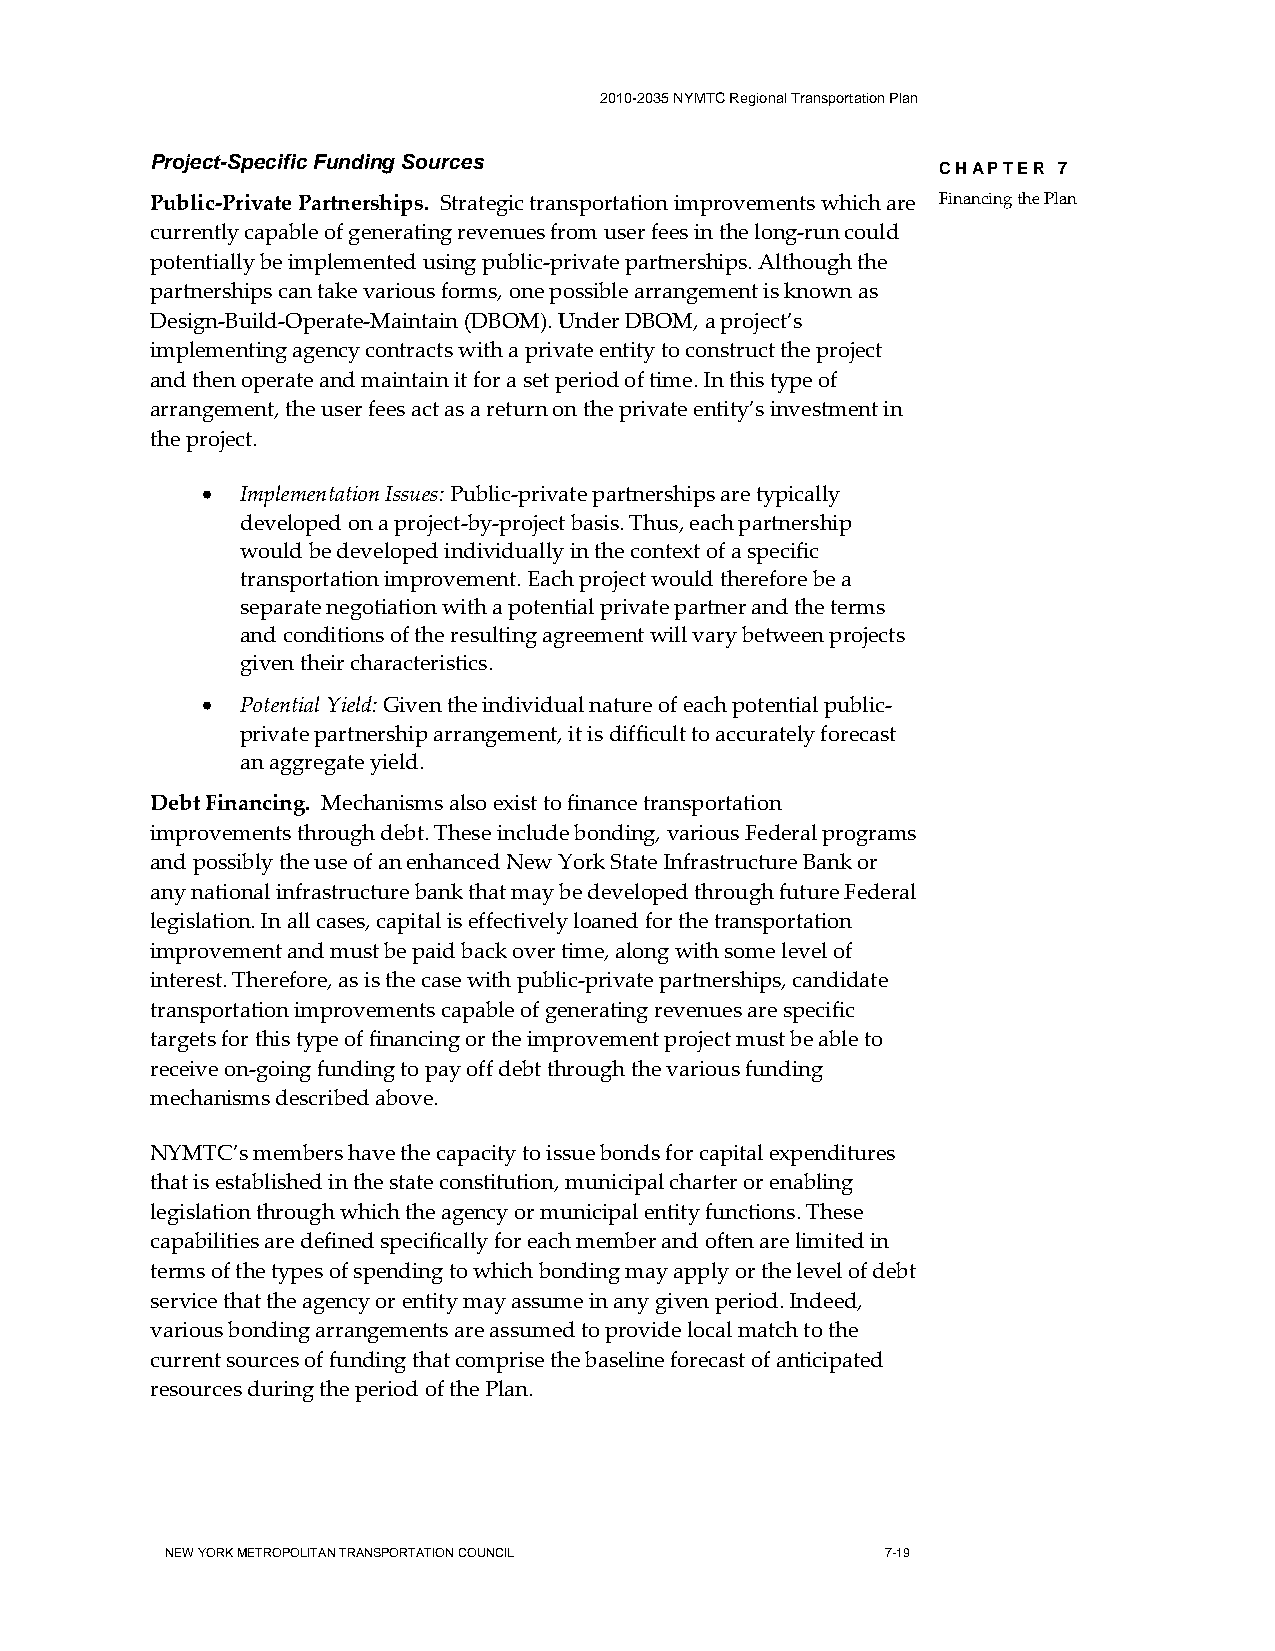
2010-2035 NYMTC Regional Transportation Plan
 Project-Specific Funding Sources
 CHAPTER 7
 Public-Private Partnerships. Strategic transportation improvements which are Financing the Plan
 currently capable of generating revenues from user fees in the long-run could
 potentially be implemented using public-private partnerships. Although the
 partnerships can take various forms, one possible arrangement is known as
 Design-Build-Operate-Maintain (DBOM). Under DBOM, a project’s
 implementing agency contracts with a private entity to construct the project
 and then operate and maintain it for a set period of time. In this type of
 arrangement, the user fees act as a return on the private entity’s investment in
 the project.
 •  Implementation Issues: Public-private partnerships are typically
 developed on a project-by-project basis. Thus, each partnership
 would be developed individually in the context of a specific
 transportation improvement. Each project would therefore be a
 separate negotiation with a potential private partner and the terms
 and conditions of the resulting agreement will vary between projects
 given their characteristics.
 •  Potential Yield: Given the individual nature of each potential public-
 private partnership arrangement, it is difficult to accurately forecast
 an aggregate yield.
 Debt Financing. Mechanisms also exist to finance transportation
 improvements through debt. These include bonding, various Federal programs
 and possibly the use of an enhanced New York State Infrastructure Bank or
 any national infrastructure bank that may be developed through future Federal
 legislation. In all cases, capital is effectively loaned for the transportation
 improvement and must be paid back over time, along with some level of
 interest. Therefore, as is the case with public-private partnerships, candidate
 transportation improvements capable of generating revenues are specific
 targets for this type of financing or the improvement project must be able to
 receive on-going funding to pay off debt through the various funding
 mechanisms described above.
 NYMTC’s members have the capacity to issue bonds for capital expenditures
 that is established in the state constitution, municipal charter or enabling
 legislation through which the agency or municipal entity functions. These
 capabilities are defined specifically for each member and often are limited in
 terms of the types of spending to which bonding may apply or the level of debt
 service that the agency or entity may assume in any given period. Indeed,
 various bonding arrangements are assumed to provide local match to the
 current sources of funding that comprise the baseline forecast of anticipated
 resources during the period of the Plan.
 NEW YORK METROPOLITAN TRANSPORTATION COUNCIL    7-19